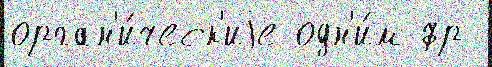
орган'и́ческ'иjе одн'и́м фр